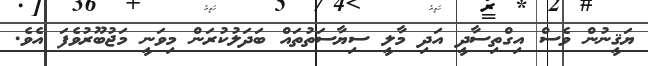
ޔަޤީނުން ވެސް އިގްތިސާދީ އަދި މާލީ ސިޔާސަތުތައް ބަދަލުކުރަން މިވަނީ މަޖުބޫރުވެފަ އެވެ.